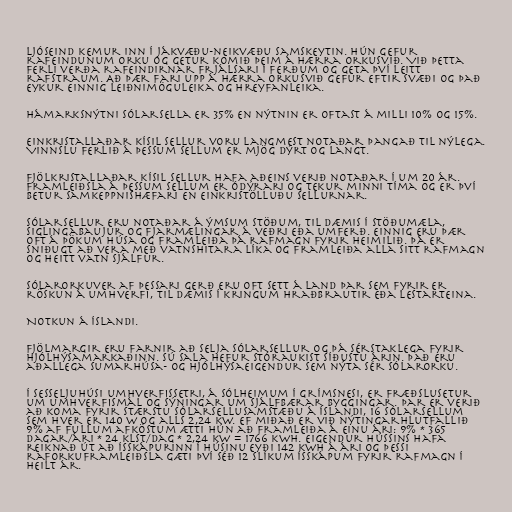
Ljóseind kemur inn í jákvæðu-neikvæðu samskeytin. Hún gefur
rafeindunum orku og getur komið þeim á hærra orkusvið. Við þetta
ferli verða rafeindirnar frjálsari í ferðum og geta því leitt
rafstraum. Að þær fari upp á hærra orkusvið gefur eftir svæði og það
eykur einnig leiðnimöguleika og hreyfanleika.

Hámarksnýtni sólarsella er 35% en nýtnin er oftast á milli 10% og 15%.

Einkristallaðar kísil sellur voru langmest notaðar þangað til nýlega.
Vinnslu ferlið á þessum sellum er mjög dýrt og langt.

Fjölkristallaðar kísil sellur hafa aðeins verið notaðar í um 20 ár.
Framleiðsla á þessum sellum er ódýrari og tekur minni tíma og er því
betur samkeppnishæfari en einkristölluðu sellurnar.

Sólarsellur eru notaðar á ýmsum stöðum, til dæmis í stöðumæla,
siglingabaujur og fjarmælingar á veðri eða umferð. Einnig eru þær
oft á þökum húsa og framleiða þá rafmagn fyrir heimilið. Þá er
sniðugt að vera með vatnshitara líka og framleiða alla sitt rafmagn
og heitt vatn sjálfur.

Sólarorkuver af þessari gerð eru oft sett á land þar sem fyrir er
röskun á umhverfi, til dæmis í kringum hraðbrautir eða lestarteina.

Notkun á Íslandi.

Fjölmargir eru farnir að selja sólarsellur og þá sérstaklega fyrir
hjólhýsamarkaðinn. Sú sala hefur stóraukist síðustu árin. Það eru
aðallega sumarhúsa- og hjólhýsaeigendur sem nýta sér sólarorku.

Í Sesseljuhúsi umhverfissetri, á Sólheimum í Grímsnesi, er fræðslusetur
um umhverfismál og sýningar um sjálfbærar byggingar. Þar er verið
að koma fyrir stærstu sólarsellusamstæðu á Íslandi, 16 sólarsellum
sem hver er 140 W og alls 2,24 kW. Ef miðað er við nýtingarhlutfallið
9% af fullum afköstum ætti hún að framleiða á einu ári: 9% * 365
dagar/ári * 24 klst/dag * 2,24 kW = 1766 kWh. Eigendur hússins hafa
reiknað út að ísskápurinn í húsinu eyði 142 kWh á ári og þessi
raforkuframleiðsla gæti því séð 12 slíkum ísskápum fyrir rafmagn í
heilt ár.